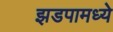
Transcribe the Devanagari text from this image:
झडपामध्ये